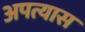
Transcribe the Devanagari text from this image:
अपत्यास